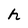
Character: h